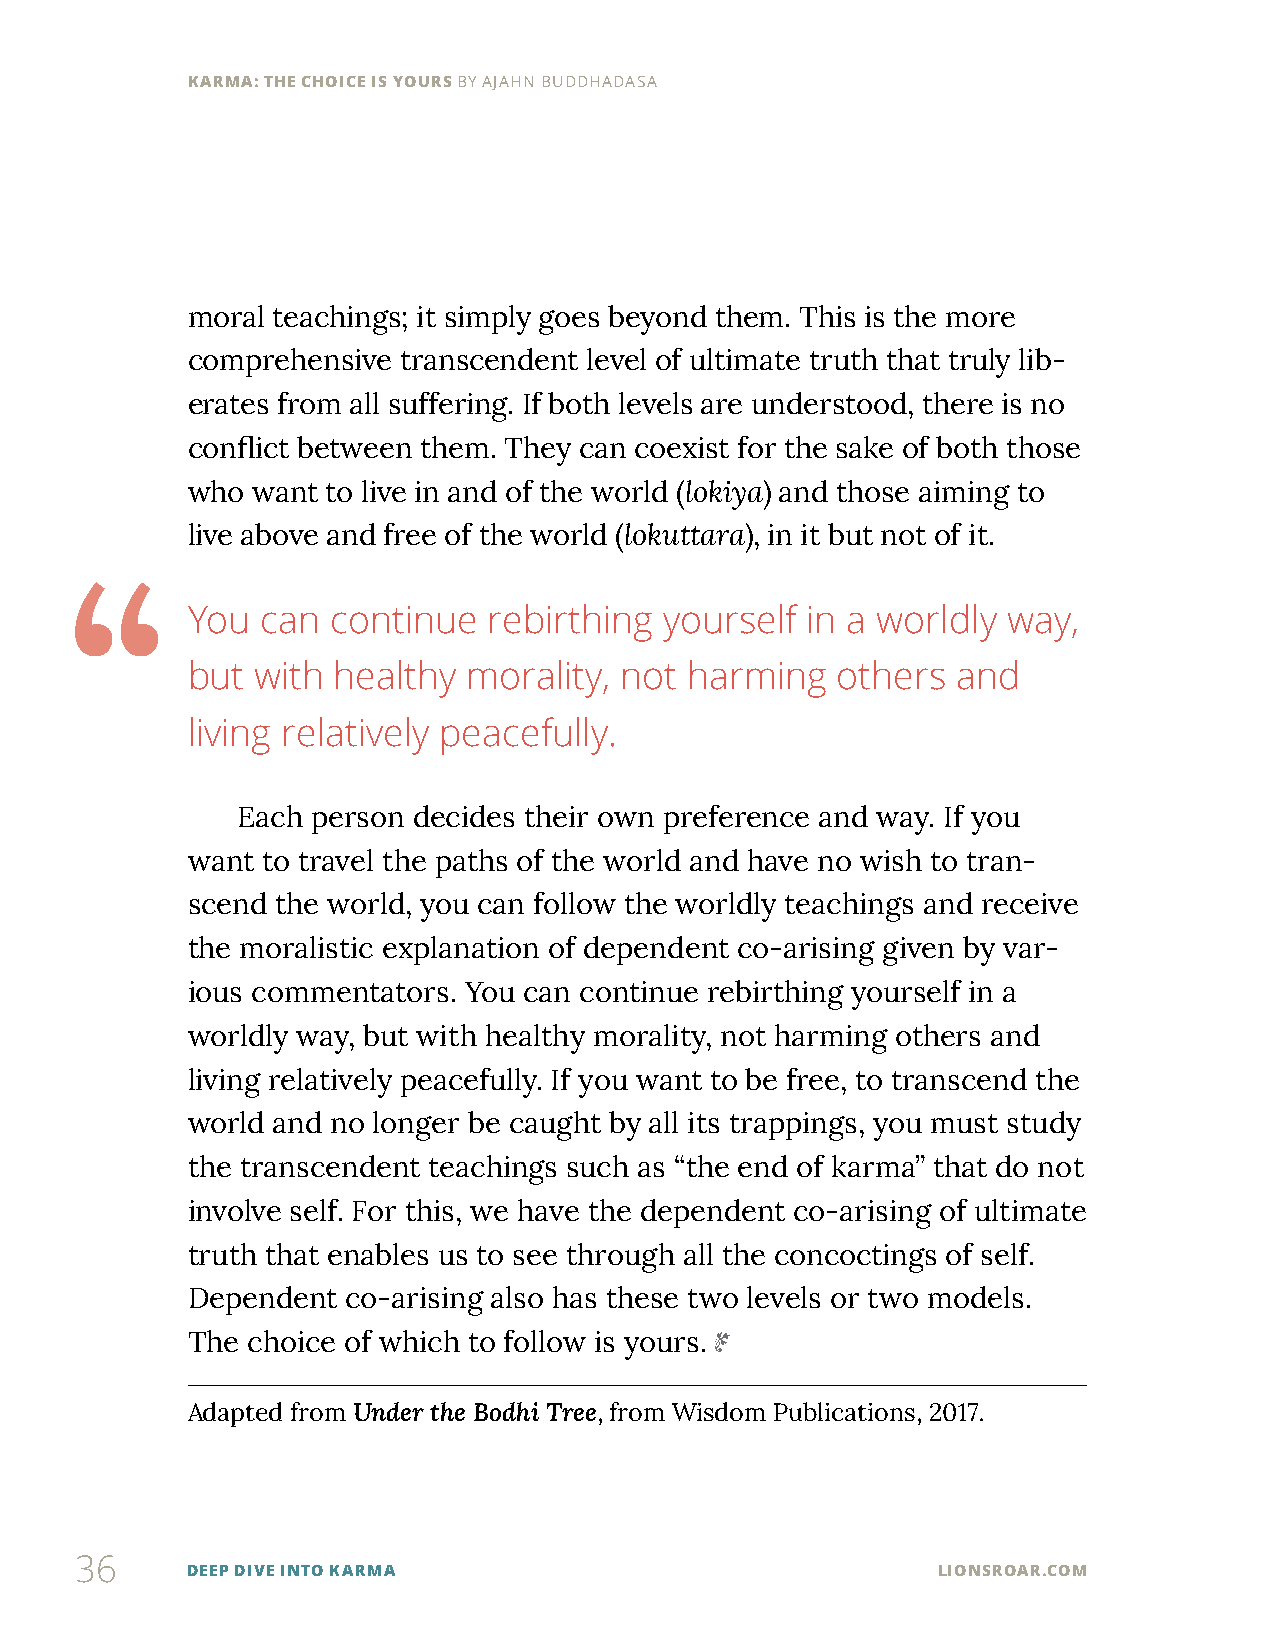
KARMA: THE CHOICE IS YOURS BY AJAHN BUDDHADASA
 moral teachings; it simply goes beyond them. This is the more
 comprehensive  transcendent level of ultimate truth that truly lib-
 erates from all suffering. If both levels are understood, there is no
 conflict between them. They can coexist for the sake of both those
 who  want to live in and of the world (lokiya) and those aiming to
 live above and free of the world (lokuttara), in it but not of it.
 “
 You  can  continue  rebirthing  yourself in a worldly  way,
 but  with healthy  morality, not  harming  others  and
 living relatively peacefully.
 Each person decides their own preference and way. If you
 want to travel the paths of the world and have no wish to tran-
 scend the world, you can follow the worldly teachings and receive
 the moralistic explanation of dependent co-arising given by var-
 ious commentators. You can continue rebirthing yourself in a
 worldly way, but with healthy morality, not harming others and
 living relatively peacefully. If you want to be free, to transcend the
 world and no longer be caught by all its trappings, you must study
 the transcendent teachings such as “the end of karma” that do not
 involve self. For this, we have the dependent co-arising of ultimate
 truth that enables us to see through all the concoctings of self.
 Dependent  co-arising also has these two levels or two models.
 The choice of which to follow is yours.
 Adapted from Under the Bodhi Tree, from Wisdom Publications, 2017.
 36
 DEEP DIVE INTO KARMA                              LIONSROAR.COM